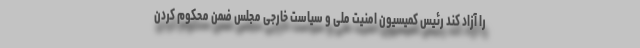
را آزاد کند رئیس کمیسیون امنیت ملی و سیاست خارجی مجلس ضمن محکوم کردن